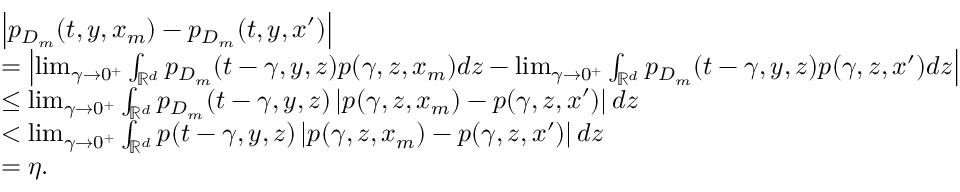
\begin{array} { r l } & { \left| p _ { D _ { m } } ( t , y , x _ { m } ) - p _ { D _ { m } } ( t , y , x ^ { \prime } ) \right| } \\ & { = \left| \operatorname* { l i m } _ { \gamma \rightarrow 0 ^ { + } } \int _ { \mathbb { R } ^ { d } } p _ { D _ { m } } ( t - \gamma , y , z ) p ( \gamma , z , x _ { m } ) d z - \operatorname* { l i m } _ { \gamma \rightarrow 0 ^ { + } } \int _ { \mathbb { R } ^ { d } } p _ { D _ { m } } ( t - \gamma , y , z ) p ( \gamma , z , x ^ { \prime } ) d z \right| } \\ & { \le \operatorname* { l i m } _ { \gamma \rightarrow 0 ^ { + } } \int _ { \mathbb { R } ^ { d } } p _ { D _ { m } } ( t - \gamma , y , z ) \left| p ( \gamma , z , x _ { m } ) - p ( \gamma , z , x ^ { \prime } ) \right| d z } \\ & { < \operatorname* { l i m } _ { \gamma \rightarrow 0 ^ { + } } \int _ { \mathbb { R } ^ { d } } p ( t - \gamma , y , z ) \left| p ( \gamma , z , x _ { m } ) - p ( \gamma , z , x ^ { \prime } ) \right| d z } \\ & { = \eta . } \end{array}